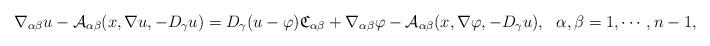
LaTeX: \begin{align*} \nabla_{\alpha\beta}u-\mathcal{A}_{\alpha\beta}(x,\nabla u,-D_\gamma u) =D_\gamma(u-\varphi)\mathfrak{C}_{\alpha\beta}+\nabla_{\alpha\beta}\varphi-\mathcal{A}_{\alpha\beta}(x,\nabla \varphi,-D_\gamma u), \ \ \alpha,\beta=1,\cdots,n-1, \end{align*}